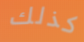
كذلك